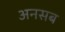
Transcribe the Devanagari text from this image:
अनसब